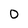
Character: 0